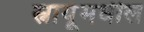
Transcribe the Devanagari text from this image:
स्नायूंमधील